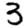
Digit: 3